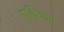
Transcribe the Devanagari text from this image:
पावित्र्याचा